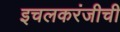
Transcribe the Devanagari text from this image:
इचलकरंजीची